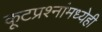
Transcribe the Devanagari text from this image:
कूटप्रश्नांमध्येही